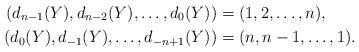
LaTeX: \begin{align*}(d_{n-1}(Y),d_{n-2}(Y),\ldots,d_0(Y)) &= (1,2,\ldots,n), \\(d_0(Y),d_{-1}(Y),\ldots,d_{-n+1}(Y)) &= (n,n-1,\ldots,1).\end{align*}